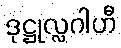
ဒုဋ္ဌုလ္လဂါဟီ